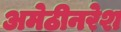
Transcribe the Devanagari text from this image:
अमेठीनरेश